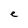
Character: e